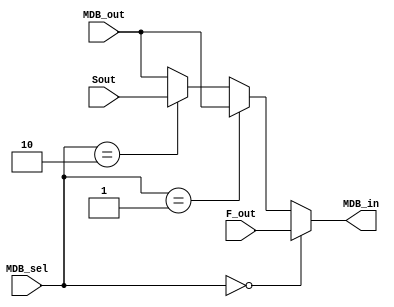
module mux_mdb
  (// input [15:0]  MDB_out,
   // input [15:0]  CALC_out,
   input [15:0]  F_out,
   input [15:0]  Sout,
   input [1:0]   MDB_sel,
   // output [15:0] MDB_in,
   input [15:0]  MDB_out,
   output [15:0] MDB_in
   );

   // Just trying to test pipeline right now
   // assign MDB_in = MDB_out;


   assign MDB_in = (MDB_sel == 2'h0) ? F_out   :
                   (MDB_sel == 2'h1) ? MDB_out :
                   (MDB_sel == 2'h2) ? Sout    : MDB_out;
      

endmodule